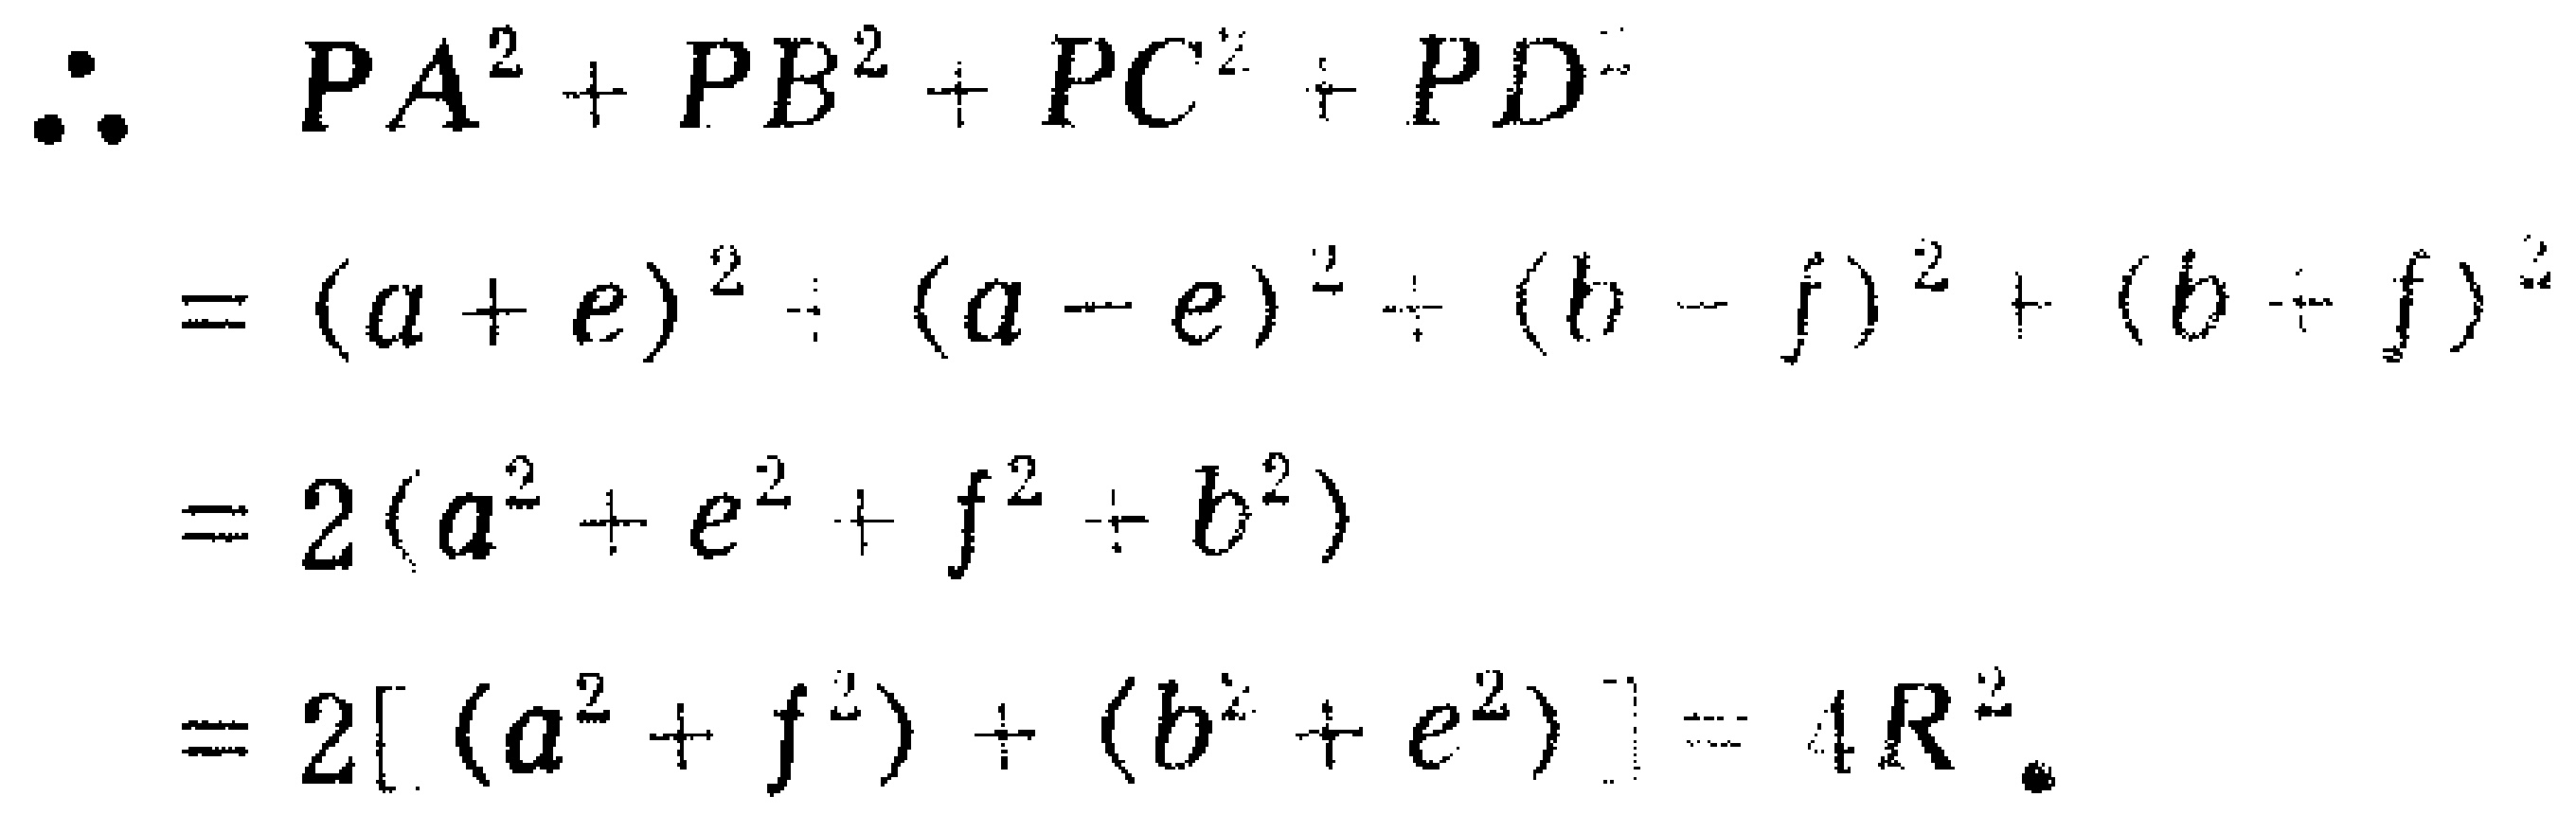
\begin{align*}
\therefore\  PA^{2}+PB^{2}+PC^{2}+PD^{2}&\\
&=(a + e)^{2}+(a - e)^{2}+(b - f)^{2}+(b + f)^{2}\\
&=2(a^{2}+e^{2}+f^{2}+b^{2})\\
&=2[(a^{2}+f^{2})+(b^{2}+e^{2})]=4R^{2}.
\end{align*}